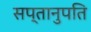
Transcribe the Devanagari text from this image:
सप्तानुपति